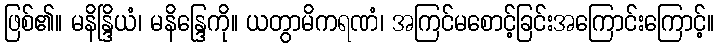
ဖြစ်၏။ မနိန္ဒြိယံ၊ မနိန္ဒြေကို။ ယတွာမိကရဏံ၊ အကြင်မစောင့်ခြင်းအကြောင်းကြောင့်။